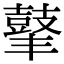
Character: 𪔍